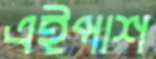
এইপাশ